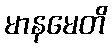
မာနမေတိ